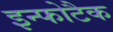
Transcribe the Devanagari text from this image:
इन्फोटैक